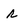
Character: r